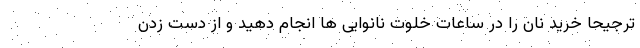
ترجیحا خرید نان را در ساعات خلوت نانوایی ها انجام دهید و از دست زدن